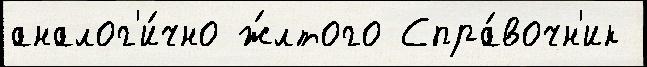
аналог'и́чно ж́лтого Спра́вочн'ик